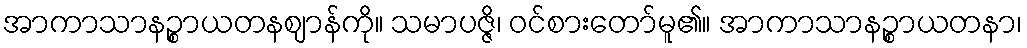
အာကာသာနဉ္စာယတနဈာန်ကို။ သမာပဇ္ဇိ၊ ဝင်စားတော်မူ၏။ အာကာသာနဉ္စာယတနာ၊